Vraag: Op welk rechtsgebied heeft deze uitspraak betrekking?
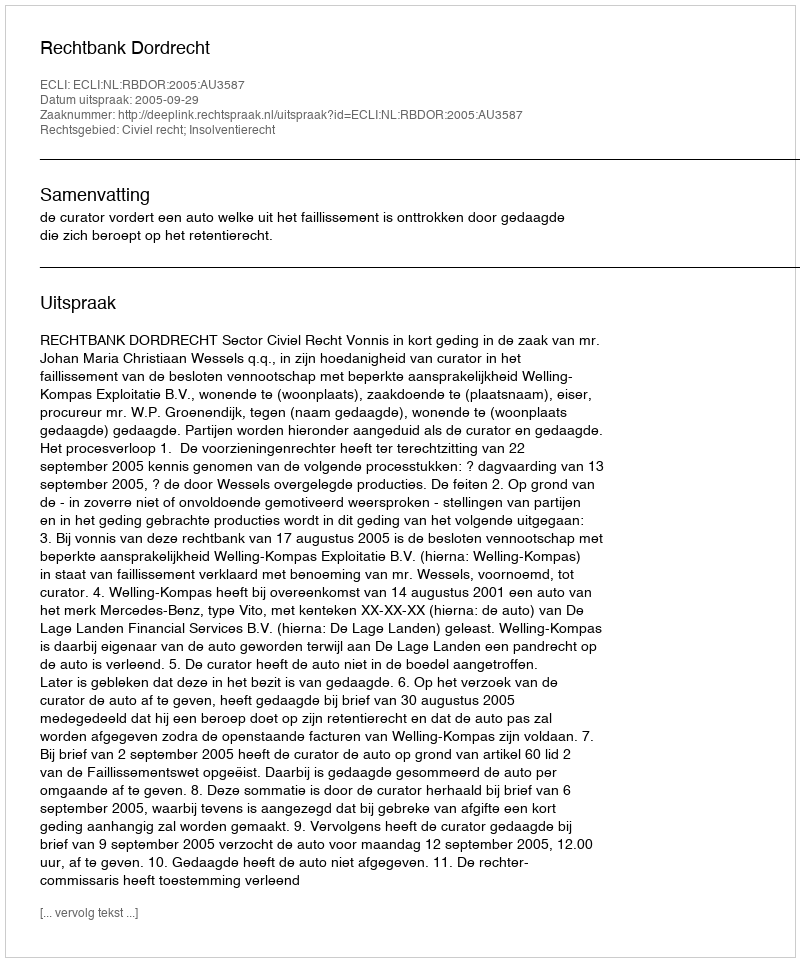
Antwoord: Civiel recht; Insolventierecht